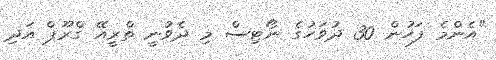
"އެންމެ ފަހުން 30 ދުވަހުގެ ނޯޓިސް މި ދެވުނީ ތްރީއޭ ގްރޫޕް އަދި